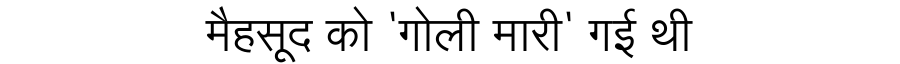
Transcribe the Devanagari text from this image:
मैहसूद को 'गोली मारी' गई थी